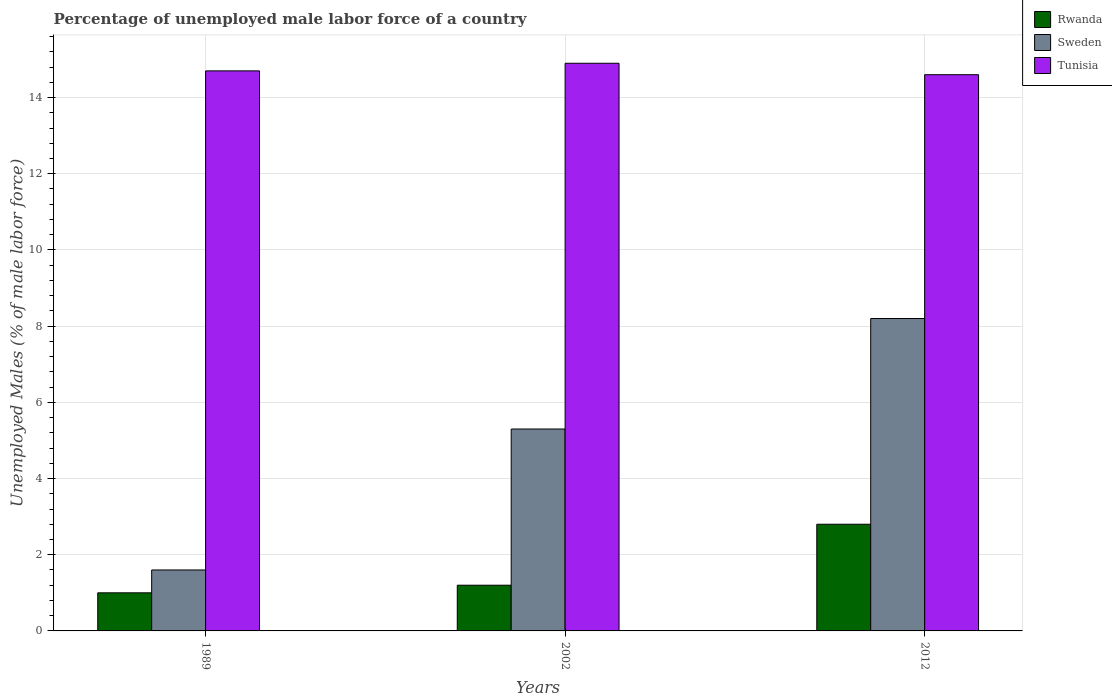
| Years | Rwanda | Sweden | Tunisia |
 | --- | --- | --- | --- |
 | 1989 | 1 | 1.6 | 14.7 |
 | 2002 | 1.2 | 5.3 | 14.9 |
 | 2012 | 2.8 | 8.2 | 14.6 |